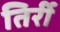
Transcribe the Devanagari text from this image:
तिर्री